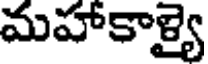
మహాకాళ్యై